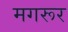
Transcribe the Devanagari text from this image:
मगरूर